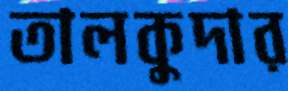
তালকুদার